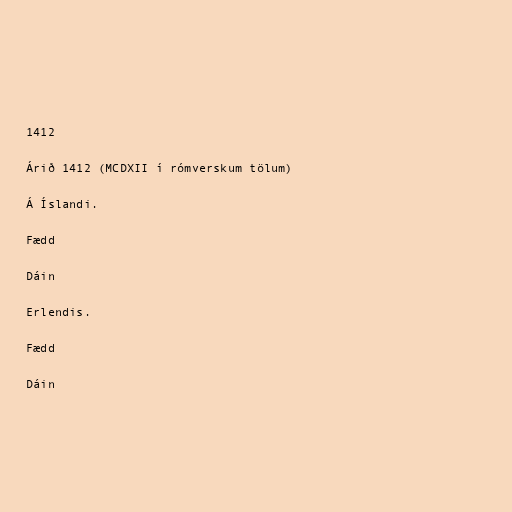
1412

Árið 1412 (MCDXII í rómverskum tölum)

Á Íslandi.

Fædd

Dáin

Erlendis.

Fædd

Dáin